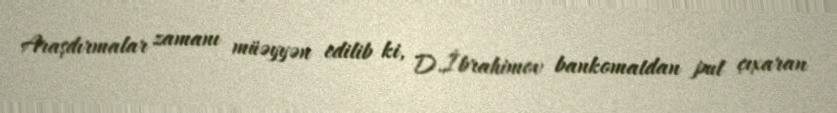
Araşdırmalar zamanı müəyyən edilib ki, D.İbrahimov bankomatdan pul çıxaran